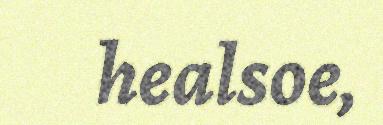
healsoe,